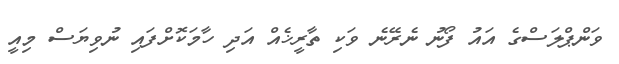
ވަންޕްލަސްގެ އައު ފޯނު ނެރޭނެ ވަކި ތާރީޚެއް އަދި ހާމަކޮށްފައި ނުވިޔަސް މިއީ